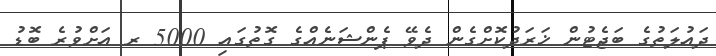
ދައުލަތުގެ ބަޖެޓުން ޚަރަދުކޮށްގެން ދެވޭ ޕެންޝަނެއްގެ ގޮތުގައި 5000 ރ އަށްވުރެ ބޮޑު